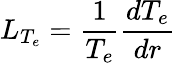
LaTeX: L_{T_{e}}=\frac{1}{T_{e}}\frac{dT_{e}}{dr}